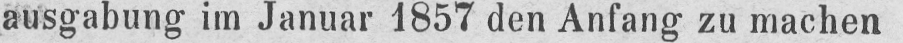
ausgabung im Januar 1857 den Anfang zu machen